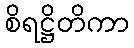
စိရဋ္ဌိတိကာ